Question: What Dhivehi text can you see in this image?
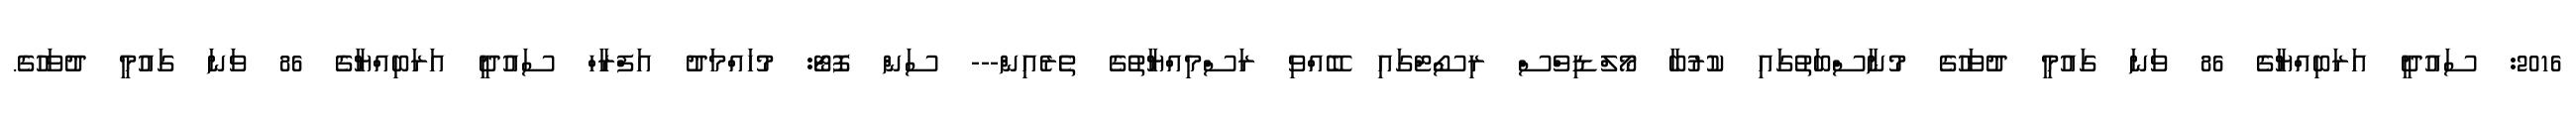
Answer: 2016: ސައުދީ އަރަބިއްޔާގެ 86 ވަނަ ގައުމީ ދުވަހުގެ މުނާސްބަތުގައި ކުރުބާ މޯލްޑިވްސް ރިސޯޓްގައި ބޭއްވި ރަސްމިއްޔާތުގެ ތެރެއިން--- ސަން ފޮޓޯ: މުހައްމަދު އަފްރާހް ސައުދީ އަރަބިއްޔާގެ 86 ވަނަ ގައުމީ ދުވަހުގެ.